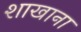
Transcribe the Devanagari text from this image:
शाखाना